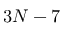
3 N - 7